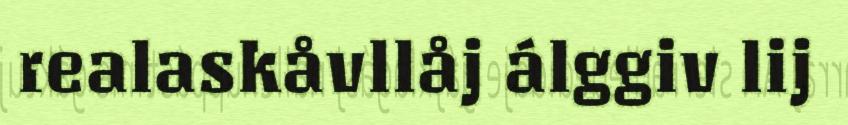
realaskåvllåj álggiv lij